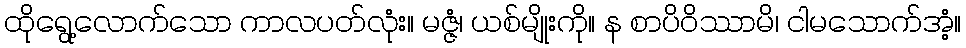
ထိုရွေ့လောက်သော ကာလပတ်လုံး။ မဇ္ဇံ၊ ယစ်မျိုးကို။ န စာပိဝိဿာမိ၊ ငါမသောက်အံ့။